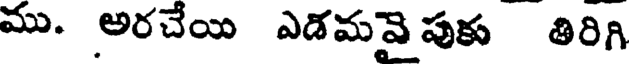
ము. అరచేయి ఎడమవై పుకు తిరిగి